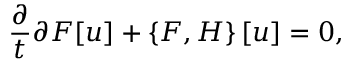
\frac { \partial } { t } { \partial F } [ u ] + \left\{ F , H \right\} [ u ] = 0 ,